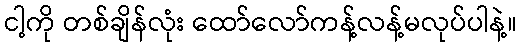
ငါ့ကို တစ်ချိန်လုံး ထော်လော်ကန့်လန့်မလုပ်ပါနဲ့။